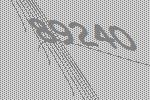
89240